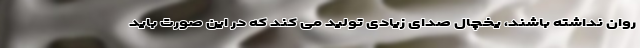
روان نداشته باشند، یخچال صدای زیادی تولید می کند که در این صورت باید